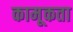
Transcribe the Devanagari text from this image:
कामूकता